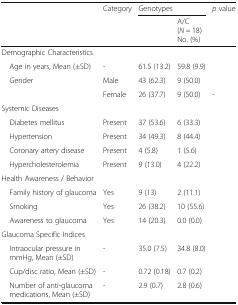
<table><thead><tr><td rowspan="2">[EMPTY_CELL]</td><td rowspan="2"><b>Category</b></td><td colspan="2"><b>Genotypes</b></td><td rowspan="2"><b><i>p</i> value</b></td></tr><tr><td>[EMPTY_CELL]</td><td><b>A/C(<i>N</i> = 18)No. (%)</b></td></tr></thead><tbody><tr><td colspan="5">Demographic Characteristics</td></tr><tr><td> Age in years, Mean (±SD)</td><td>-</td><td>61.5 (13.2)</td><td>59.8 (9.9)</td><td>[EMPTY_CELL]</td></tr><tr><td rowspan="2"> Gender</td><td>Male</td><td>43 (62.3)</td><td>9 (50.0)</td><td>[EMPTY_CELL]</td></tr><tr><td>Female</td><td>26 (37.7)</td><td>9 (50.0)</td><td>-</td></tr><tr><td colspan="5">Systemic Diseases</td></tr><tr><td> Diabetes mellitus</td><td>Present</td><td>37 (53.6)</td><td>6 (33.3)</td><td>[EMPTY_CELL]</td></tr><tr><td> Hypertension</td><td>Present</td><td>34 (49.3)</td><td>8 (44.4)</td><td>[EMPTY_CELL]</td></tr><tr><td> Coronary artery disease</td><td>Present</td><td>4 (5.8)</td><td>1 (5.6)</td><td>[EMPTY_CELL]</td></tr><tr><td> Hypercholesterolemia</td><td>Present</td><td>9 (13.0)</td><td>4 (22.2)</td><td>[EMPTY_CELL]</td></tr><tr><td colspan="5">Health Awareness / Behavior</td></tr><tr><td> Family history of glaucoma</td><td>Yes</td><td>9 (13)</td><td>2 (11.1)</td><td>[EMPTY_CELL]</td></tr><tr><td> Smoking</td><td>Yes</td><td>26 (38.2)</td><td>10 (55.6)</td><td>[EMPTY_CELL]</td></tr><tr><td> Awareness to glaucoma</td><td>Yes</td><td>14 (20.3)</td><td>0.0 (0.0)</td><td>[EMPTY_CELL]</td></tr><tr><td colspan="5">Glaucoma Specific Indices</td></tr><tr><td> Intraocular pressure in mmHg, Mean (±SD)</td><td>-</td><td>35.0 (7.5)</td><td>34.8 (8.0)</td><td>[EMPTY_CELL]</td></tr><tr><td> Cup/disc ratio, Mean (±SD)</td><td>-</td><td>0.72 (0.18)</td><td>0.7 (0.2)</td><td>[EMPTY_CELL]</td></tr><tr><td> Number of anti-glaucoma medications, Mean (±SD)</td><td>-</td><td>2.9 (0.7)</td><td>2.8 (0.6)</td><td>[EMPTY_CELL]</td></tr></tbody></table>